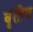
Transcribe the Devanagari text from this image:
वृंतीय